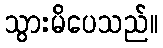
သွားမိပေသည်။